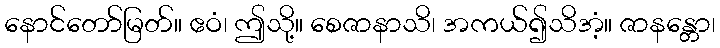
နောင်တော်မြတ်။ ဧဝံ၊ ဤသို့။ စေဇာနာသိ၊ အကယ်၍သိအံ့။ ဇာနန္တော၊